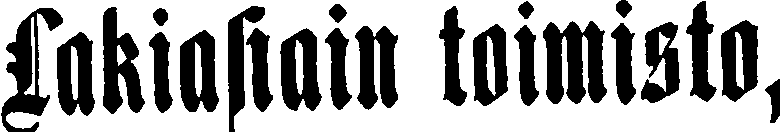
Lakiasiain toimisto,